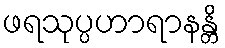
ဖရသုပ္ပဟာရာနန္တိ